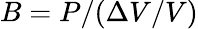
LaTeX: B=P/(\Delta V/V)